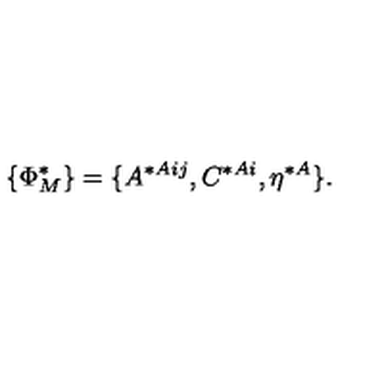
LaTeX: \{ \Phi _ { M } ^ { * } \} = \{ A ^ { * A i j } , C ^ { * A i } , \eta ^ { * A } \} .